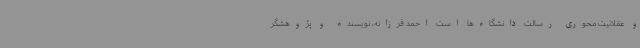
و عقلانیت محوری رسالت دانشگاه‌ها است احمد فرزانه، نویسنده و پژوهشگر